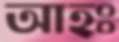
আহঃ